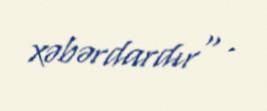
xəbərdardır" .